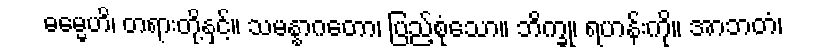
ဓမ္မေဟိ၊ တရားတို့နှင့်။ သမန္နာဂတော၊ ပြည့်စုံသော။ ဘိက္ခု၊ ရဟန်းကို။ အာဘတံ၊